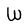
Character: W